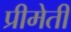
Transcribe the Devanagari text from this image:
प्रीमेती